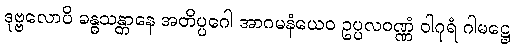
ဒုဗ္ဗလောပိ ခန္ဓသန္တာနေ အတိပ္ပဂေါ အာဂမနံယေဝ ဥပ္ပလဝဏ္ဏံ ဝါဂုရံ ဂါမဋ္ဌေ